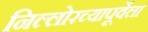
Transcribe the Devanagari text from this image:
निल्लोरच्यापूर्वेला